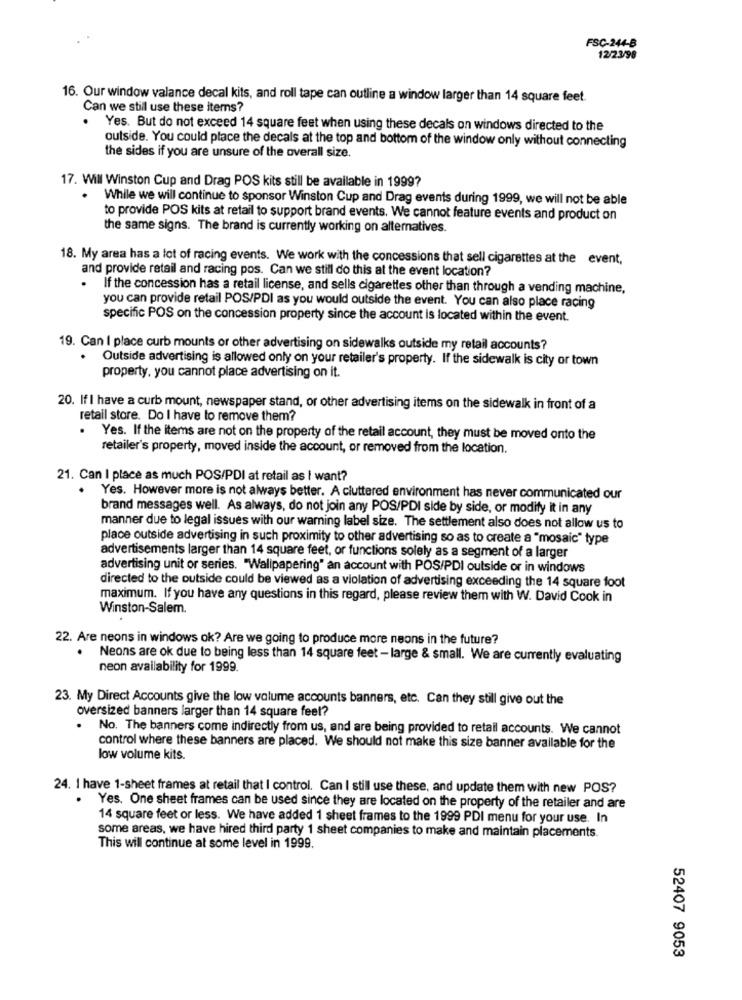
FSC-244-B
12/23/98
16. Our window valance decal kits, and roll tape can outline a window larger than 14 square feet.
Can we still use these items?
Yes. But do not exceed 14 square feet when using these decals on windows directed to the
outside. You could place the decals at the top and bottom of the window only without connecting
the sides if you are unsure of the overall size.
17. Will Winston Cup and Drag POS kits still be available in 1999?
While we will continue to sponsor Winston Cup and Drag events during 1999, we will not be able
to provide POS kits at retail to support brand events. We cannot feature events and product on
the same signs. The brand is currently working on alternatives.
18. My area has a lot of racing events. We work with the concessions that sell cigarettes at the event,
and provide retail and racing pos. Can we still do this at the event location?
If the concession has a retail license, and sells cigarettes other than through a vending machine,
you can provide retail POS/PDI as you would outside the event. You can also place racing
specific POS on the concession property since the account is located within the event.
19. Can I place curb mounts or other advertising on sidewalks outside my retail accounts?
Outside advertising is allowed only on your retailer's property. If the sidewalk is city or town
property, you cannot place advertising on it.
20. If I have a curb mount, newspaper stand, or other advertising items on the sidewalk in front of a
retail store. Do I have to remove them?
Yes. If the items are not on the property of the retail account, they must be moved onto the
retailer's property, moved inside the account, or removed from the location.
21. Can I place as much POS/PDI at retail as I want?
Yes. However more is not always better. A cluttered environment has never communicated our
brand messages well. As always, do not join any POS/PDI side by side, or modify it in any
manner due to legal issues with our warning label size. The settlement also does not allow us to
place outside advertising in such proximity to other advertising so as to create a "mosaic" type
advertisements larger than 14 square feet, or functions solely as a segment of a larger
advertising unit or series. "Wallpapering" an account with POS/PDI outside or in windows
directed to the outside could be viewed as a violation of advertising exceeding the 14 square foot
maximum. If you have any questions in this regard, please review them with W. David Cook in
Winston-Salem.
22. Are neons in windows ok? Are we going to produce more neons in the future?
. Neons are ok due to being less than 14 square feet - large & small. We are currently evaluating
neon availability for 1999.
23. My Direct Accounts give the low volume accounts banners, etc. Can they still give out the
oversized banners larger than 14 square feet?
.
No. The banners come indirectly from us, and are being provided to retail accounts. We cannot
control where these banners are placed. We should not make this size banner available for the
low volume kits.
24. 1 have 1-sheet frames at retail that I control. Can I still use these, and update them with new POS?
Yes. One sheet frames can be used since they are located on the property of the retailer and are
14 square feet or less. We have added 1 sheet frames to the 1999 PDI menu for your use. In
some areas, we have hired third party 1 sheet companies to make and maintain placements.
This will continue at some level in 1999.
52407 9053